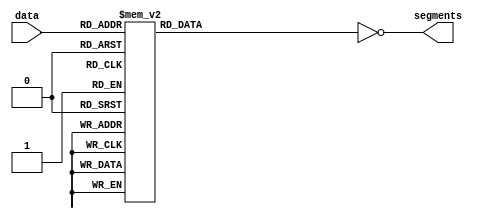
module led7seg(
	input [3:0] data,
	output [6:0] segments
);

	reg [6:0] _segments;
	assign segments = ~_segments;
	
	always @(data) begin
		case (data)
			4'h0: _segments = 7'b0111111;
			4'h1: _segments = 7'b0000110;
			4'h2: _segments = 7'b1011011;
			4'h3: _segments = 7'b1001111;
			4'h4: _segments = 7'b1100110;
			4'h5: _segments = 7'b1101101;
			4'h6: _segments = 7'b1111101;
			4'h7: _segments = 7'b0000111;
			4'h8: _segments = 7'b1111111;
			4'h9: _segments = 7'b1101111;
			4'hA: _segments = 7'b1110111;
			4'hB: _segments = 7'b1111100;
			4'hC: _segments = 7'b0111001;
			4'hD: _segments = 7'b1011110;
			4'hE: _segments = 7'b1111001;
			4'hF: _segments = 7'b1110001;
		endcase
	end

endmodule